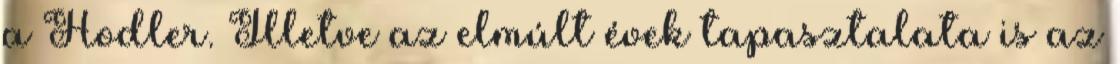
a Hodler. Illetve az elmúlt évek tapasztalata is az